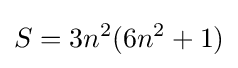
S=3n^{2}(6n^{2}+1)